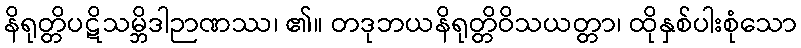
နိရုတ္တိပဋိသမ္ဘိဒါဉာဏဿ၊ ၏။ တဒုဘယနိရုတ္တိဝိသယတ္တာ၊ ထိုနှစ်ပါးစုံသော